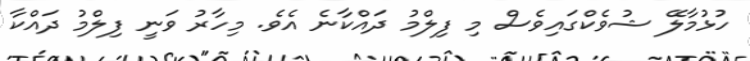
ހުޅުމާލޭ ޝުވެކްގައިވެސް މި ފިލްމު ދައްކާނެ އެވެ. މިހާރު ވަނީ ފިލްމު ދައްކާ